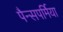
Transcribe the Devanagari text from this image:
पैन्सपर्मिया